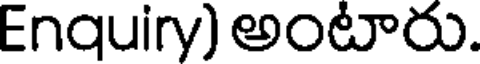
Enquiry) అంటారు.